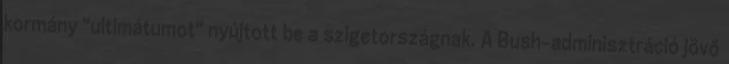
kormány "ultimátumot" nyújtott be a szigetországnak. A Bush-adminisztráció jövő